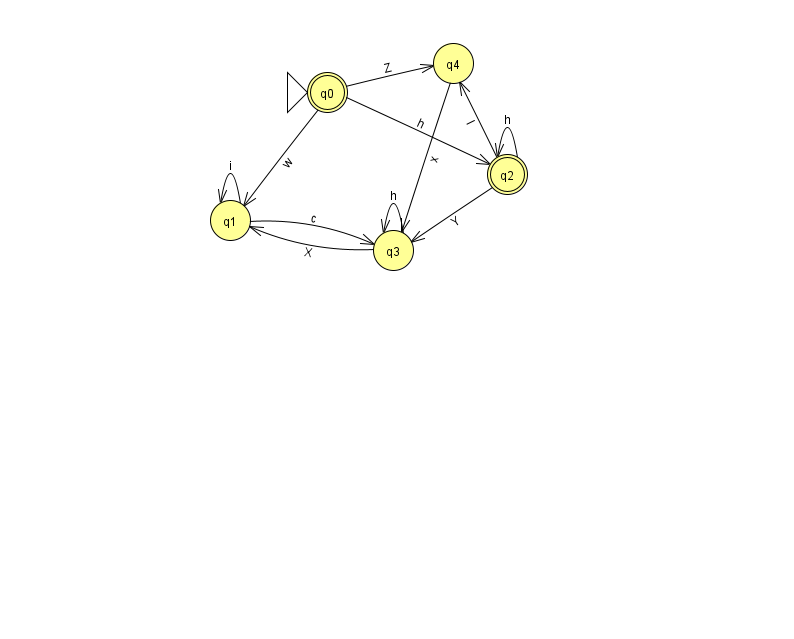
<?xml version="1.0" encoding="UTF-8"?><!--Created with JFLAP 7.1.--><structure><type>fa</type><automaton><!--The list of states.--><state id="0" name="q0"><x>327.0</x><y>79.0</y><initial/><final/></state><state id="1" name="q1"><x>230.0</x><y>207.0</y></state><state id="2" name="q2"><x>507.0</x><y>161.0</y><final/></state><state id="3" name="q3"><x>393.0</x><y>237.0</y></state><state id="4" name="q4"><x>453.0</x><y>50.0</y></state><!--The list of transitions.--><transition><from>0</from><to>1</to><read>w</read></transition><transition><from>1</from><to>3</to><read>c</read></transition><transition><from>2</from><to>4</to><read>I</read></transition><transition><from>0</from><to>4</to><read>Z</read></transition><transition><from>4</from><to>3</to><read>x</read></transition><transition><from>2</from><to>2</to><read>h</read></transition><transition><from>3</from><to>3</to><read>h</read></transition><transition><from>0</from><to>2</to><read>h</read></transition><transition><from>1</from><to>1</to><read>i</read></transition><transition><from>2</from><to>3</to><read>Y</read></transition><transition><from>3</from><to>1</to><read>X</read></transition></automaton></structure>